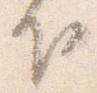
下